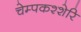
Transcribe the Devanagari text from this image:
चेम्पकश्शेरि